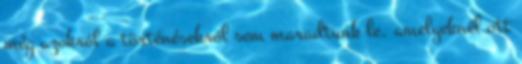
még azokról a történésekről sem maradtunk le, amelyeknél ott